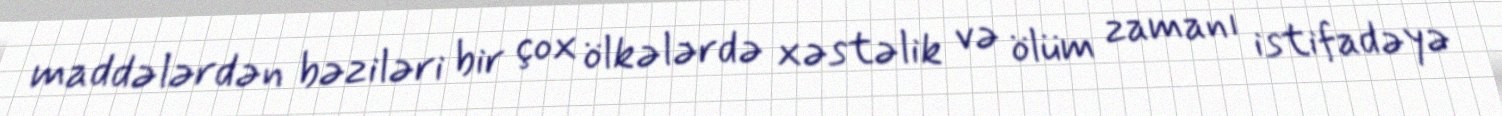
maddələrdən bəziləri bir çox ölkələrdə xəstəlik və ölüm zamanı istifadəyə